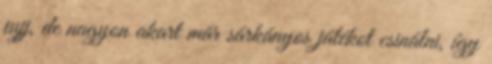
jujj, de nagyon akart már sárkányos játékot csinálni, így